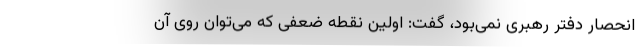
انحصار دفتر رهبری نمی‌بود، گفت: اولین نقطه ضعفی که می‌توان روی آن